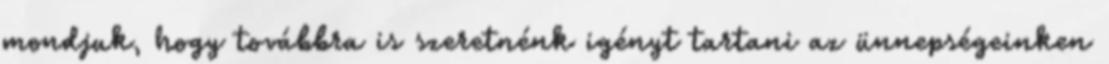
mondjuk, hogy továbbra is szeretnénk igényt tartani az ünnepségeinken